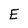
Character: E